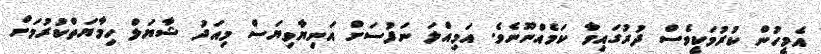
އެމީހުން ކުރުމަކީވެސް ދުރުގައިވާ ކަމެއްނޫނެވެ. އަމިއްލަ ނަފުސަށް އަނިޔާވިޔަސް މިއަދު ޝާޔަލް ހިމާޔަތްކުރުމަށް